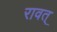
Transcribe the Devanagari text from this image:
रावत्